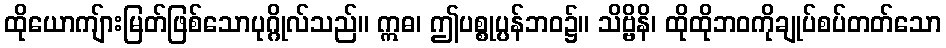
ထိုယောကျ်ားမြတ်ဖြစ်သောပုဂ္ဂိုလ်သည်။ ဣဓ၊ ဤပစ္စုပ္ပန်ဘဝ၌။ သိဗ္ဗိနိ၊ ထိုထိုဘဝကိုချုပ်စပ်တတ်သော